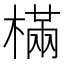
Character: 樠